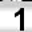
Digit: 1